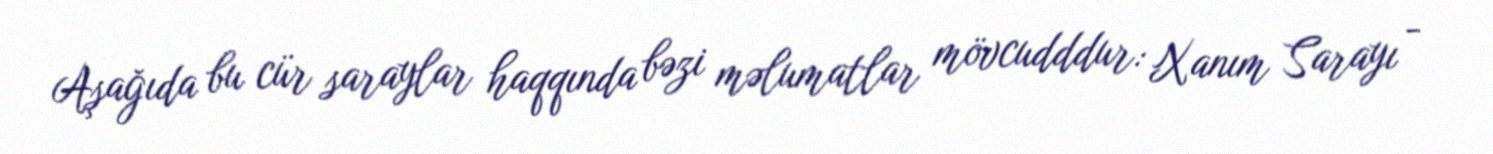
Aşağıda bu cür saraylar haqqında bəzi məlumatlar mövcudddur: Xanım Sarayı -